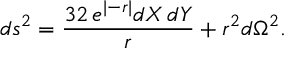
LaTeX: d s ^ { 2 } = { \frac { 3 2 \, e ^ { \vert - r \vert } d X \, d Y } { r } } + r ^ { 2 } d \Omega ^ { 2 } .